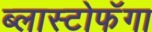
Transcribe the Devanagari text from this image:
ब्लास्टोफॅगा